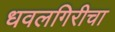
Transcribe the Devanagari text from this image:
धवलगिरीचा